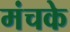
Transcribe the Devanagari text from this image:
मंचके